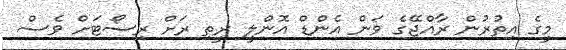
މީގެ އިތުރުން ރާއްޖޭގެ ވަން އެންޑް އޮންލީ ރީތި ރަށް ރިސޯޓަށް ވެސް